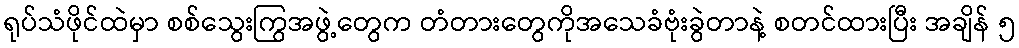
ရုပ်သံဖိုင်ထဲမှာ စစ်သွေးကြွအဖွဲ့တွေက တံတားတွေကိုအသေခံဗုံးခွဲတာနဲ့ စတင်ထားပြီး အချိန် ၅